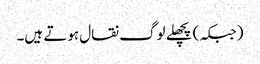
(جبکہ) پچھلے لوگ نقال ہوتے ہیں۔